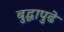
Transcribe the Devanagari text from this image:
बुद्धापुढे